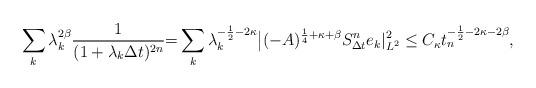
LaTeX: \begin{align*}\sum_k \lambda_k^{2\beta} \frac{1}{(1+\lambda_k\Delta t)^{2n}}{=} \sum_k \lambda_{k}^{-\frac12-2\kappa}\big|(-A)^{\frac14+\kappa+\beta}S_{\Delta t}^n e_k|_{L^2}^{2}\le C_\kappa t_{n}^{-\frac12-2\kappa-2\beta},\end{align*}